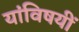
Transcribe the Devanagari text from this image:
यांविषयीं